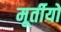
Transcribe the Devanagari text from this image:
मूर्तीयों